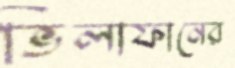
ভিলাফানের